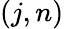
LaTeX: (j,n)